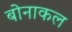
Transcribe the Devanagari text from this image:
बोनाकल